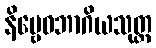
နိဗ္ဗေဓဘာဂိယသုတ္တ